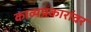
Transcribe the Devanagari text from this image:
काव्यप्रकारांवर